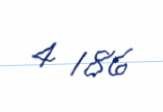
4 186